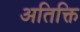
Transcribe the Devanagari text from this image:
अतिक्ति